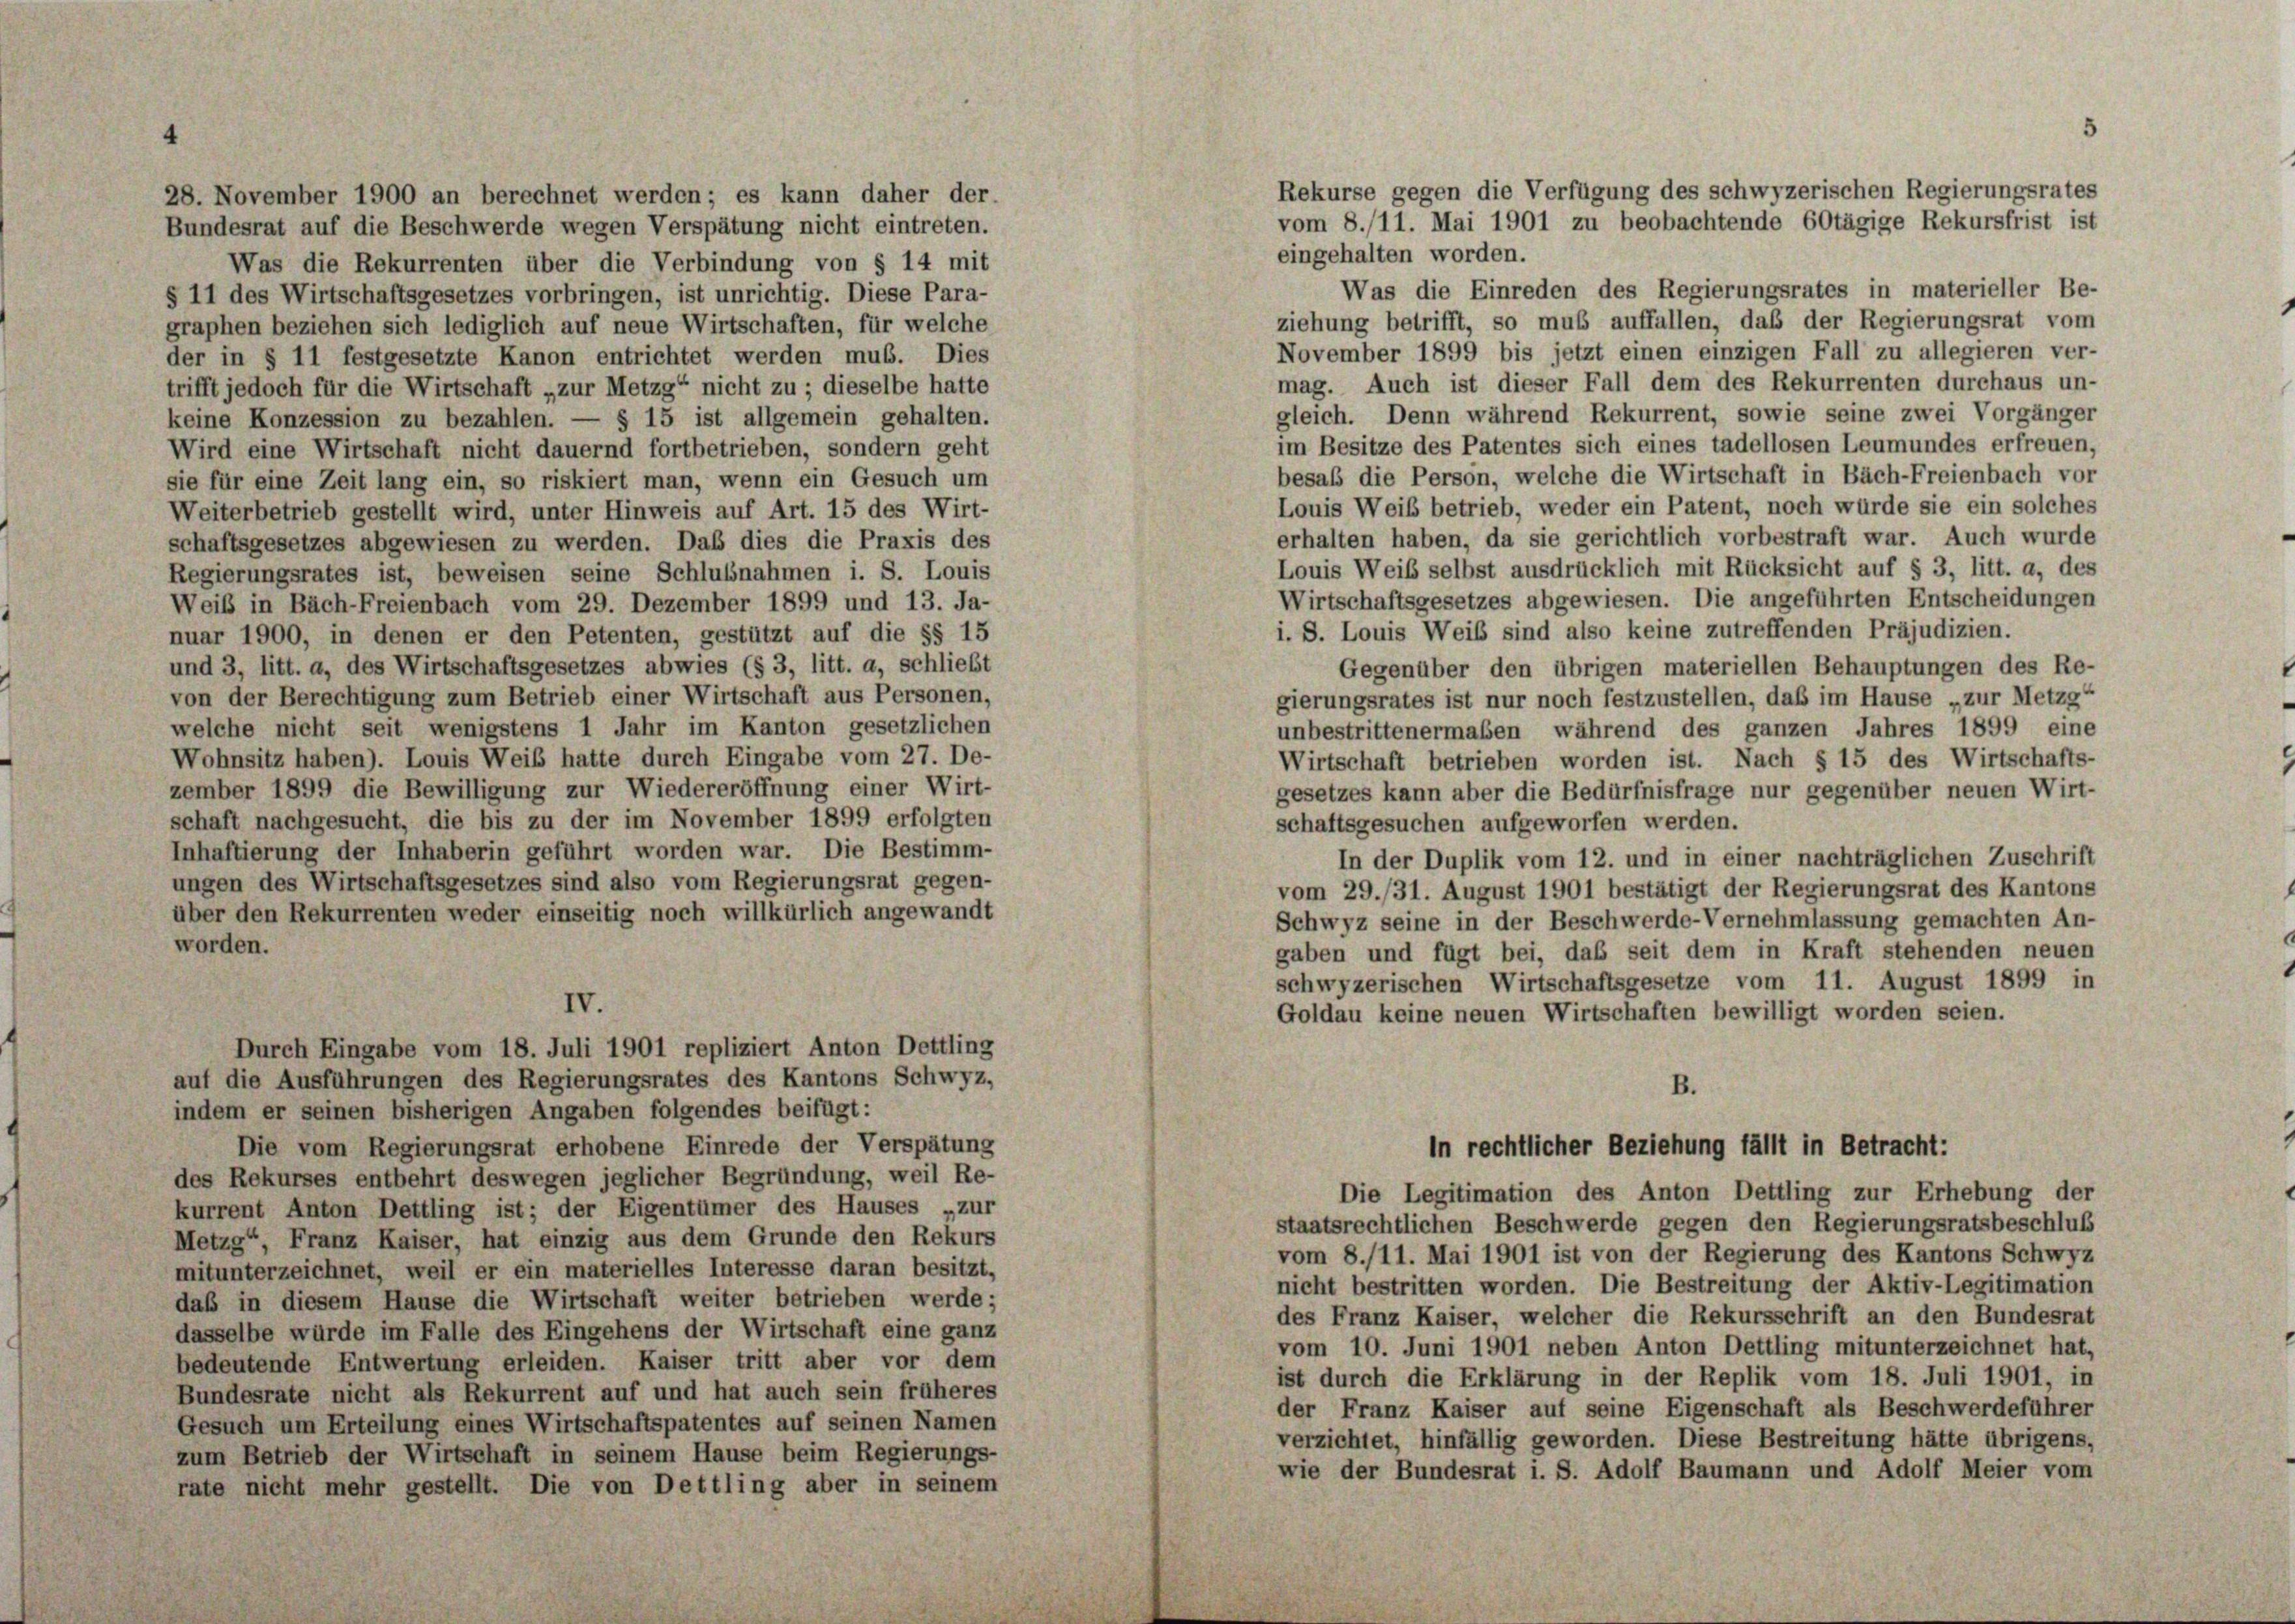
28. November 1900 an berechnet werden; es kann daher der
Bundesrat auf die Beschwerde wegen Verspätung nicht eintreten.

eingehalten worden.
Was die Rekurrenten über die Verbindung von § 14 mit
Was die Einreden des Regierungsrates in materieller Be-
§ 11 des Wirtschaftsgesetzes vorbringen, ist unrichtig. Diese Para-
ziehung betrifft, so muß auffallen, daß der Regierungsrat vom
graphen beziehen sich lediglich auf neue Wirtschaften, für welche
November 1899 bis jetzt einen einzigen Fall zu allegieren ver-
der in § 11 festgesetzte Kanon entrichtet werden muß. Dies
mag. Auch ist dieser Fall dem des Rekurrenten durchaus un-
trifft jedoch für die Wirtschaft „zur Metzg“ nicht zu; dieselbe hatte
gleich. Denn während Rekurrent, sowie seine zwei Vorgänger
keine Konzession zu bezahlen. — § 15 ist allgemein gehalten.
im Besitze des Patentes sich eines tadellosen Leumundes erfreuen,
Wird eine Wirtschaft nicht dauernd fortbetrieben, sondern geht
besaß die Person, welche die Wirtschaft in Bäch-Freienbach vor
sie für eine Zeit lang ein, so riskiert man, wenn ein Gesuch um
Louis Weib betrieb, weder ein Patent, noch würde sie ein solches
Weiterbetrieb gestellt wird, unter Hinweis auf Art. 15 des Wirt-
erhalten haben, da sie gerichtlich vorbestraft war. Auch wurde
schaftsgesetzes abgewiesen zu werden. Das dies die Praxis des
Louis Weib selbst ausdrücklich mit Rücksicht auf § 3, litt. a, des
Regierungsrates ist, beweisen seine Schlußnahmen i. S. Louis
Wirtschaftsgesetzes abgewiesen. Die angeführten Entscheidungen
Weib in Bäch-Freienbach vom 29. Dezember 1899 und 13. Ja-
i. S. Louis Weib sind also keine zutreffenden Präjudizien.
nuar 1900, in denen er den Petenten, gestützt auf die §§ 15
und 3, litt. a, des Wirtschaftsgesetzes abwies (§ 3, litt. a, schliebt
Gegenüber den übrigen materiellen Behauptungen des Re-
von der Berechtigung zum Betrieb einer Wirtschaft aus Personen,
gierungsrates ist nur noch festzustellen, daß im Hause „zur Metzg“
welche nicht seit wenigstens 1 Jahr im Kanton gesetzlichen
unbestrittenermaßen während des ganzen Jahres 1899 eine
Wohnsitz haben). Louis Weib hatte durch Eingabe vom 27. De-
Wirtschaft betrieben worden ist. Nach § 15 des Wirtschafts-
zember 1899 die Bewilligung zur Wiedereröffnung einer Wirt-
gesetzes kann aber die Bedürfnisfrage nur gegenüber neuen Wirt-
schaft nachgesucht, die bis zu der im November 1899 erfolgten
schaftsgesuchen aufgeworfen werden.
Inhaftierung der Inhaberin geführt worden war. Die Bestimm-
In der Duplik vom 12. und in einer nachträglichen Zuschrift
ungen des Wirtschaftsgesetzes sind also vom Regierungsrat gegen-
vom 29./31. August 1901 bestätigt der Regierungsrat des Kantons
über den Rekurrenten weder einseitig noch willkürlich angewandt
Schwyz seine in der Beschwerde-Vernehmlassung gemachten An-
worden.
gaben und fügt bei, daß seit dem in Kraft stehenden neuen
schwyzerischen Wirtschaftsgesetze vom 11. August 1899 in
IV.
Goldau keine neuen Wirtschaften bewilligt worden seien.
Durch Eingabe vom 18. Juli 1901 repliziert Anton Dettling
auf die Ausführungen des Regierungsrates des Kantons Schwyz,
B.
indem er seinen bisherigen Angaben folgendes beifügt:
Die vom Regierungsrat erhobene Einrede der Verspätung
In rechtlicher Beziehung fällt in Betracht:
des Rekurses entbehrt deswegen jeglicher Begründung, weil Re-
Die Legitimation des Anton Dettling zur Erhebung der
kurrent Anton Dettling ist; der Eigentümer des Hauses „zur
staatsrechtlichen Beschwerde gegen den Regierungsratsbeschluß
Metzg“, Franz Kaiser, hat einzig aus dem Grunde den Rekurs
vom 8./11. Mai 1901 ist von der Regierung des Kantons Schwyz
mitunterzeichnet, weil er ein materielles Interesse daran besitzt,
nicht bestritten worden. Die Bestreitung der Aktiv-Legitimation
daß in diesem Hause die Wirtschaft weiter betrieben werde;
des Franz Kaiser, welcher die Rekursschrift an den Bundesrat
dasselbe würde im Falle des Eingehens der Wirtschaft eine ganz
vom 10. Juni 1901 neben Anton Dettling mitunterzeichnet hat,
bedeutende Entwertung erleiden. Kaiser tritt aber vor dem
ist durch die Erklärung in der Replik vom 18. Juli 1901, in
Bundesrate nicht als Rekurrent auf und hat auch sein früheres
der Franz Kaiser auf seine Eigenschaft als Beschwerdeführer
Gesuch um Erteilung eines Wirtschaftspatentes auf seinen Namen
verzichtet, hinfällig geworden. Diese Bestreitung hätte übrigens.
zum Betrieb der Wirtschaft in seinem Hause beim Regierungs-
wie der Bundesrat i. S. Adolf Baumann und Adolf Meier vom
rate nicht mehr gestellt. Die von Dettling aber in seinem

Rekurse gegen die Verfügung des schwyzerischen Regierungsrates

vom 8./11. Mai 1901 zu beobachtende 60tägige Rekursfrist ist

5